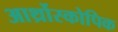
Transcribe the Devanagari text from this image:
आर्थ्रोस्कोपिक